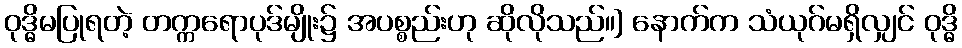
ဝုဒ္ဓိမပြုရတဲ့ တက္ကရောပုဒ်မျိုး၌ အပစ္စည်းဟု ဆိုလိုသည်။] နောက်က သံယုဂ်မရှိလျှင် ဝုဒ္ဓိ